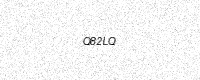
Text: Q82LQ